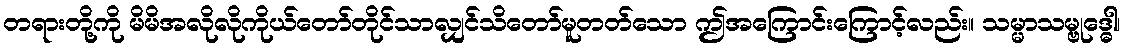
တရားတို့ကို မိမိအလိုလိုကိုယ်တော်တိုင်သာလျှင်သိတော်မူတတ်သော ဤအကြောင်းကြောင့်လည်း။ သမ္မာသမ္ဗုဒ္ဓေါ၊